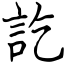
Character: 訖